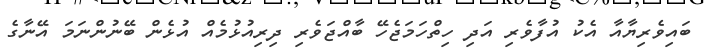
ބައިވެރިޔާއާ އެކު އުފާވެރި އަދި ހިތްހަމަޖެހޭ ބާއްޖަވެރި ދިރިއުޅުމެއް އުޅެން ބޭނުންނަމަ އޭނާގެ